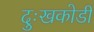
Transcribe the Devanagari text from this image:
दुःखकोडी